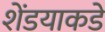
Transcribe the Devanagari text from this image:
शेंडयाकडे